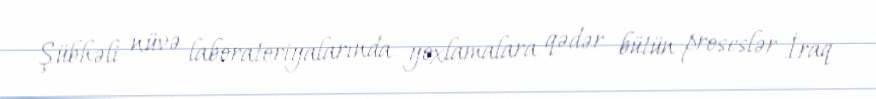
Şübhəli nüvə laboratoriyalarında yoxlamalara qədər bütün proseslər İraq